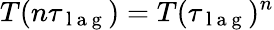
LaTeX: T(n\tau_{\mathrm{~l~a~g~}})=T(\tau_{\mathrm{~l~a~g~}})^{n}